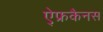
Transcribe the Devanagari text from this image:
ऐ्फ्रकैनस